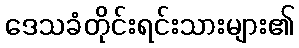
ဒေသခံတိုင်းရင်းသားများ၏